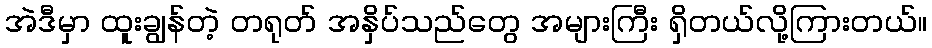
အဲဒီမှာ ထူးချွန်တဲ့ တရုတ် အနှိပ်သည်တွေ အများကြီး ရှိတယ်လို့ကြားတယ်။